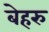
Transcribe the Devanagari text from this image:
बेहरु